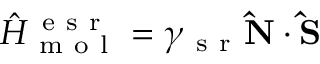
\hat { H } _ { \mathrm { ~ m ~ o ~ l ~ } } ^ { \mathrm { ~ e ~ s ~ r ~ } } = \gamma _ { \mathrm { ~ s ~ r ~ } } \mathbf { \hat { N } } \cdot \mathbf { \hat { S } }